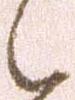
之